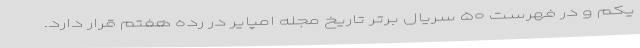
یکم و در فهرست ۵۰ سریال برتر تاریخ مجله امپایر در رده هفتم قرار دارد.